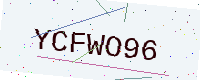
Text: YCFWO96